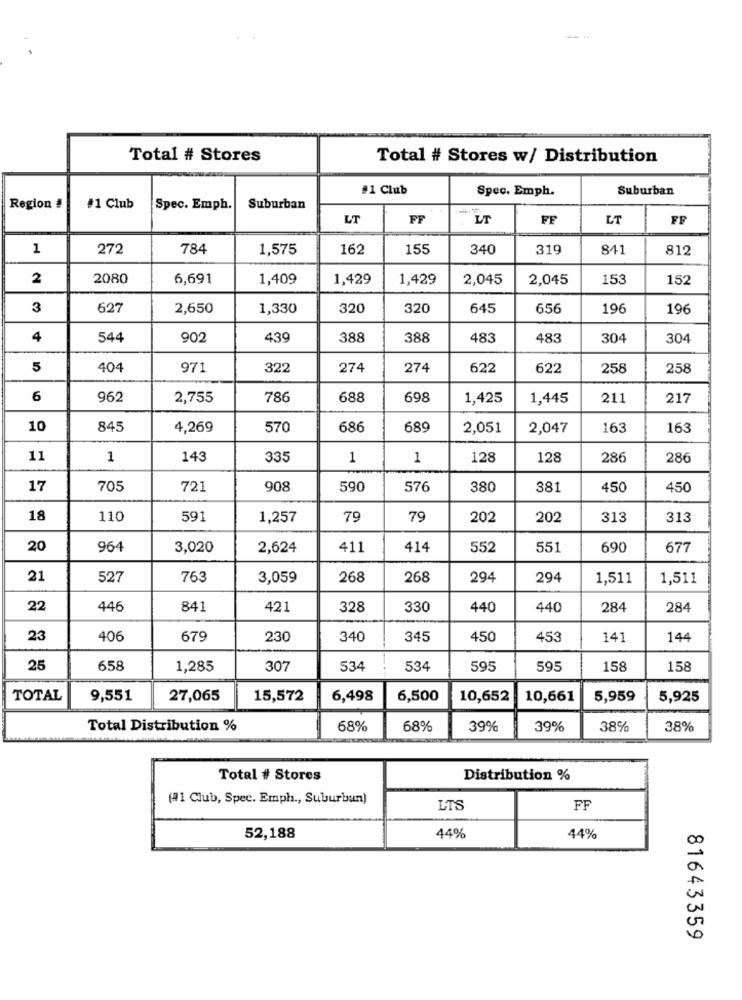
Total # Stores
Total # Stores w/ Distribution
#1 Club
Spec. Emph.
Suburban
Region !
#1 Club
Spec. Emph.
Suburban
LT
FF
LT
FF
LT
FF
1
272
784
1,575
162
155
340
319
841
812
2
2080
6,691
1,409
1,429
1,429
2,045
2,045
153
152
3
627
2,650
1,330
320
320
645
656
196
196
4
544
902
439
388
388
483
483
304
304
5
40
971
322
274
274
622
622
258
258
6
962
2,755
786
688
698
1,425
1,445
211
217
10
845
4,269
570
686
689
2,051
2,047
163
163
11
1
143
335
1
1
128
128
286
286
17
705
721
908
590
576
380
381
450
450
18
110
591
1,257
79
79
202
202
313
313
20
964
3,020
2,624
411
414
552
551
690
677
21
527
763
3,059
268
268
294
294
1,511
1,511
22
446
841
421
328
330
440
440
284
284
23
406
679
230
340
345
450
453
141
144
25
658
1,285
307
534
534
595
595
158
158
TOTAL
9,551
27,065
15,572
6,498
6,500
10,652
10,661
5,959
5,925
Total Distribution %
68%
68%
39%
39%
38%
38%
Total # Stores
Distribution %
(41 Club, Spec. Emph ., Suburbun)
LTS
FF
52,188
44%
44%
81643359